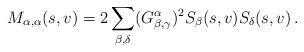
LaTeX: \begin{align*}M_{\alpha,\alpha}(s,v)=2\sum_{\beta,\delta}(G_{\beta,\gamma}^\alpha)^2 S_\beta(s,v)S_{\delta}(s,v)\,.\end{align*}